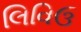
લિવિઉ